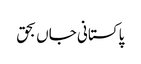
پاکستانی جاں بحق